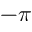
- \pi